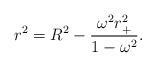
LaTeX: \begin{align*}r^{2}=R^{2}-\frac{\omega ^{2}r_{+}^{2}}{1-\omega ^{2}}. \end{align*}